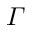
\varGamma